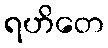
ရဟိတေ